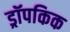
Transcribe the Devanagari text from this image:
ड्रॉपकिक